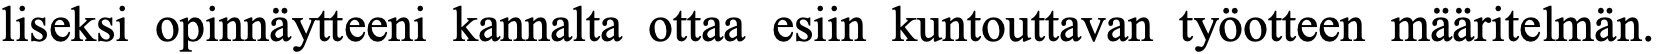
liseksi opinnäytteeni kannalta ottaa esiin kuntouttavan työotteen määritelmän.